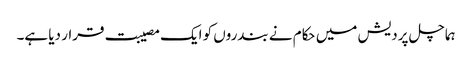
ہماچل پردیش میں حکام نے بندروں کو ایک مصیبت قرار دیا ہے۔